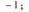
-1；